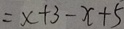
= x + 3 - x + 5